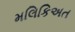
મલિકિઅત